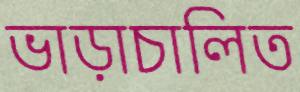
ভাড়াচালিত